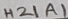
Text: H21A1